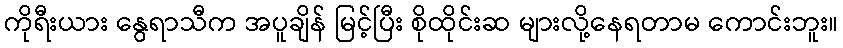
ကိုရီးယား နွေရာသီက အပူချိန် မြင့်ပြီး စိုထိုင်းဆ များလို့နေရတာမ ကောင်းဘူး။